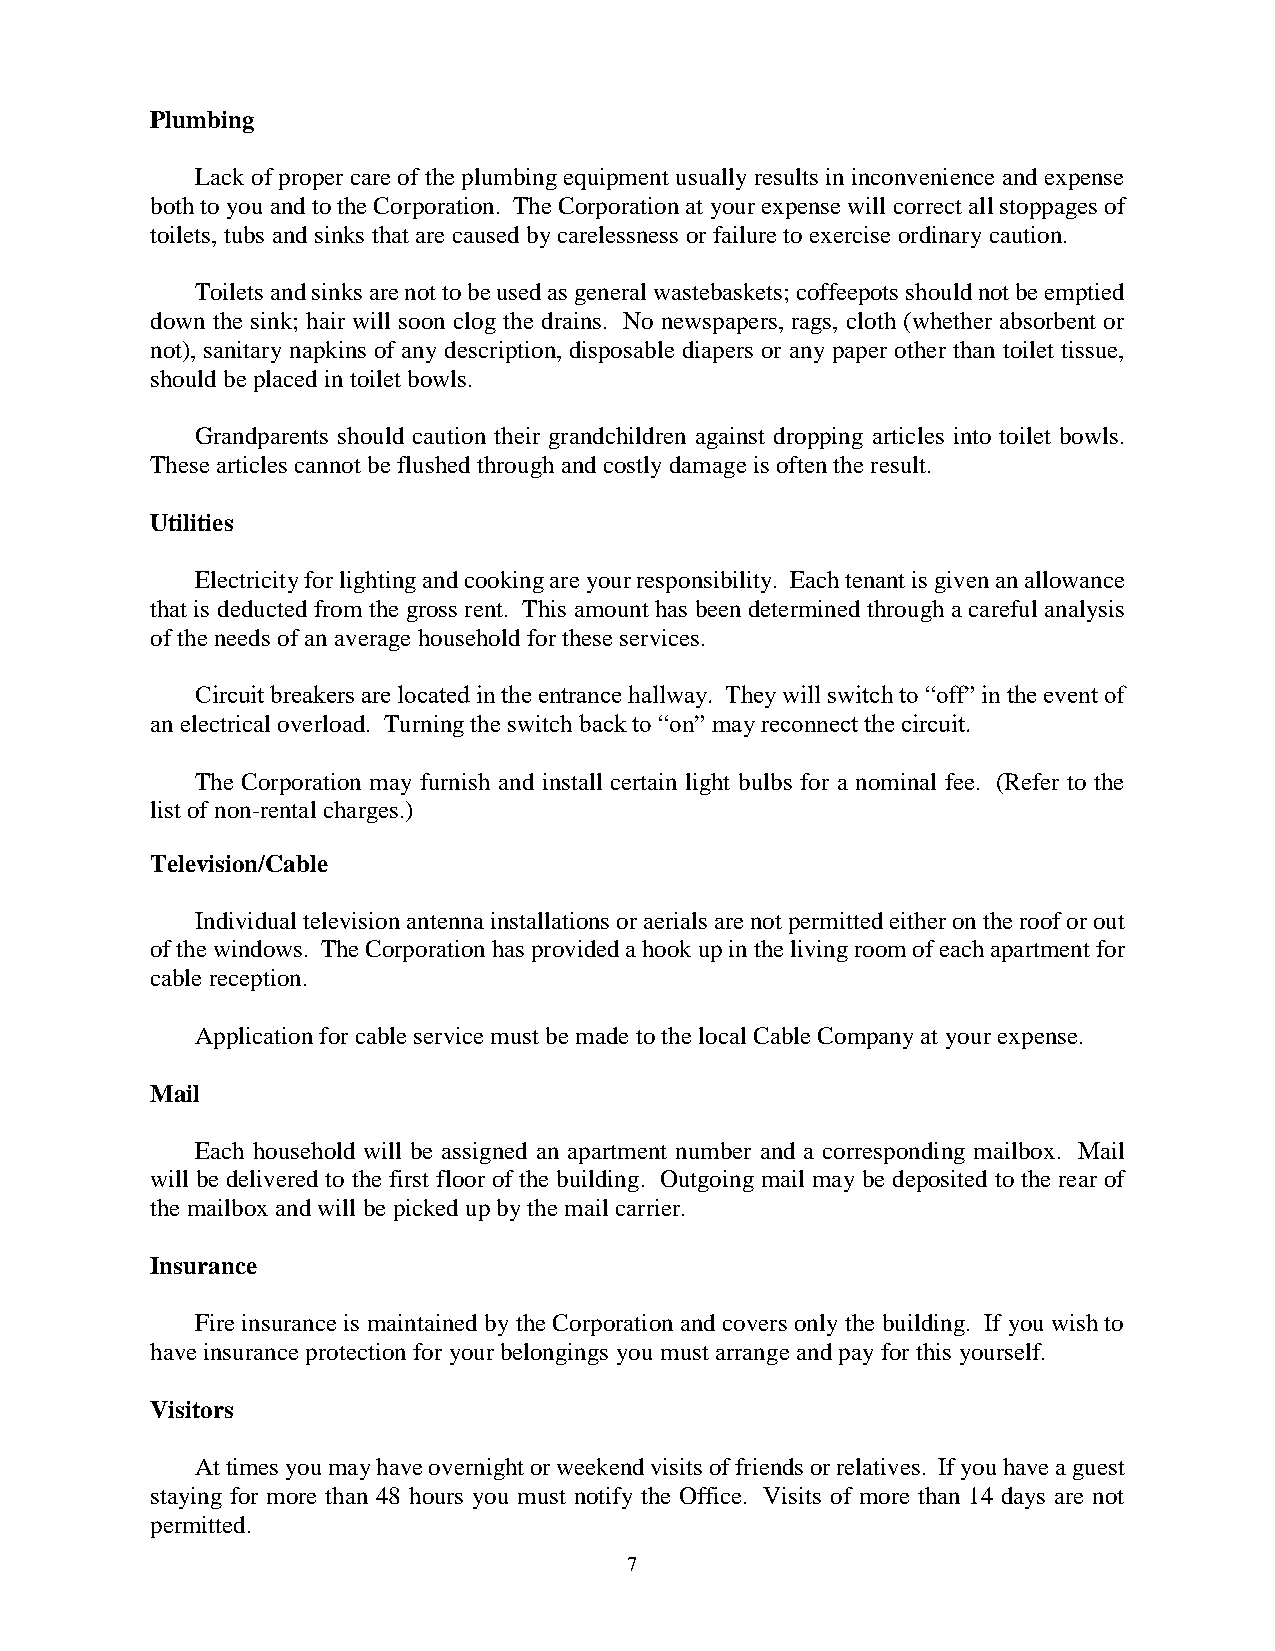
Plumbing
 Lack of proper care of the plumbing equipment usually results in inconvenience and expense
 both to you and to the Corporation. The Corporation at your expense will correct all stoppages of
 toilets, tubs and sinks that are caused by carelessness or failure to exercise ordinary caution.
 Toilets and sinks are not to be used as general wastebaskets; coffeepots should not be emptied
 down the sink; hair will soon clog the drains. No newspapers, rags, cloth (whether absorbent or
 not), sanitary napkins of any description, disposable diapers or any paper other than toilet tissue,
 should be placed in toilet bowls.
 Grandparents should caution their grandchildren against dropping articles into toilet bowls.
 These articles cannot be flushed through and costly damage is often the result.
 Utilities
 Electricity for lighting and cooking are your responsibility. Each tenant is given an allowance
 that is deducted from the gross rent. This amount has been determined through a careful analysis
 of the needs of an average household for these services.
 Circuit breakers are located in the entrance hallway. They will switch to “off” in the event of
 an electrical overload. Turning the switch back to “on” may reconnect the circuit.
 The Corporation may furnish and install certain light bulbs for a nominal fee. (Refer to the
 list of non-rental charges.)
 Television/Cable
 Individual television antenna installations or aerials are not permitted either on the roof or out
 of the windows. The Corporation has provided a hook up in the living room of each apartment for
 cable reception.
 Application for cable service must be made to the local Cable Company at your expense.
 Mail
 Each household will be assigned an apartment number and a corresponding mailbox. Mail
 will be delivered to the first floor of the building. Outgoing mail may be deposited to the rear of
 the mailbox and will be picked up by the mail carrier.
 Insurance
 Fire insurance is maintained by the Corporation and covers only the building. If you wish to
 have insurance protection for your belongings you must arrange and pay for this yourself.
 Visitors
 At times you may have overnight or weekend visits of friends or relatives. If you have a guest
 staying for more than 48 hours you must notify the Office. Visits of more than 14 days are not
 permitted.
 7